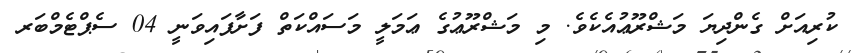
ކުރިއަށް ގެންދިޔަ މަޝްރޫޢުއެކެވެ. މި މަޝްރޫޢުގެ ޢަމަލީ މަސައްކަތް ފަށާފައިވަނީ 04 ސެޕްޓެމްބަރ